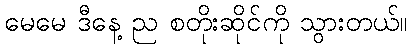
မေမေ ဒီနေ့ ည စတိုးဆိုင်ကို သွားတယ်။